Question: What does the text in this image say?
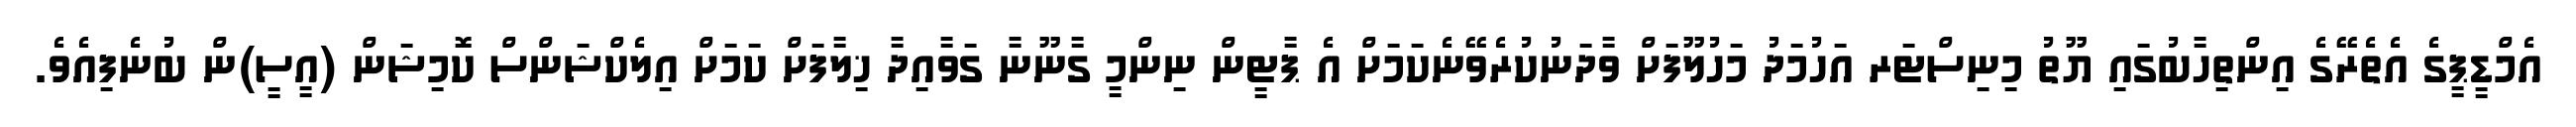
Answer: އެމްޑީޕީގެ އެތެރޭގެ އިންތިހާބުގައި ޔޫތު މިނިސްޓަރ އަހުމަދު މަހުލޫފަށް ވާދަނުކުރެވޭނެކަމަށް އެ ޕާޓީން ނިންމީ ގާނޫނާ ގަވާއިދާ ޚިލާފަށް ކަމަށް އިލެކްޝަންސް ކޮމިޝަން (އީސީ)ން ބުނެފިއެވެ.